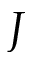
J